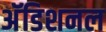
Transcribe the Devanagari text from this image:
अॅडिशनल